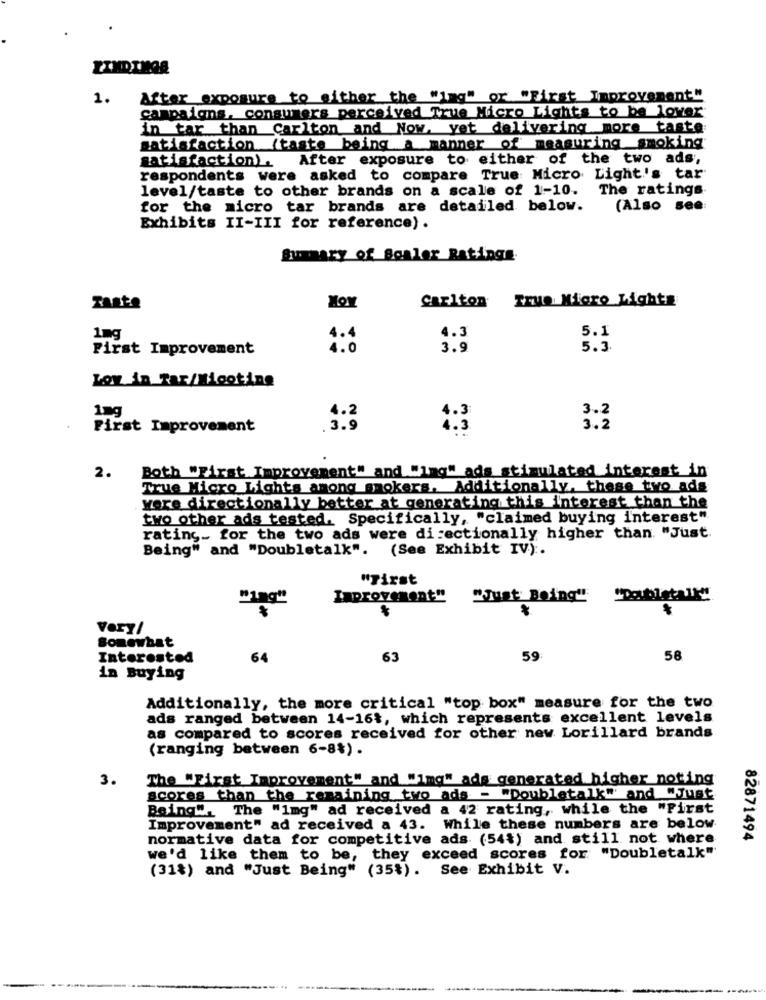
1.
After exposure to either the "ing" or "First Improvement"
campaigns. consumers perceived True Micro Lights to be lower
in tar than Carlton and Now, yet delivering more taste
satisfaction (taste being a manner of measuring smoking
satisfaction). After exposure to either of the two ads,
respondents were asked to compare True Micro Light's tar
level/taste to other brands on a scale of 1-10. The ratings
for the micro tar brands are detailed below.
(Also see:
Exhibits II-III for reference) .
Summary of Scaler Ratings.
HOY
True Migro Lights
Taste
Carlton
4.3
5.1
1mg
4.4
First Improvement
4.0
3.9
5.3
Low in Tar/Migoting
1mg
4.2
3.2
First Improvement
.3.9
3.2
Both "First Improvement" and "ing" ads stimulated interest in
2.
True Micro Lights among smokers. Additionally, these two ads
were directionally better at generating this interest than the
two other ads tested, Specifically, "claimed buying interest"
rating_ for the two ads were di :ectionally higher than. "Just.
Being" and "Doubletalk".
(See Exhibit IV) :.
"First
"199"
Improvement" "Just Being"
Very/
Somewhat
Interested
64
63
59
58
in Buying
Additionally, the more critical "top box" measure for the two
ads ranged between 14-16%, which represents excellent levels
as compared to scores received for other new Lorillard brands
(ranging between 6-8%).
3.
The "First Improvement" and "img" ads generated higher noting
scores than the remaining two ads - "Doubletalk" and "Just
Being". The "1mg" ad received a 42 rating, while the "First
Improvement" ad received a 43. While these numbers are below
normative data for competitive ads (54%) and still not where
82871494
we'd like them to be, they exceed scores for "Doubletalk"
(31%) and "Just Being" (35%). See Exhibit V.